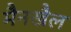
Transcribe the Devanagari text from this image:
मैनखैल